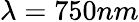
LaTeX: \lambda=750nm